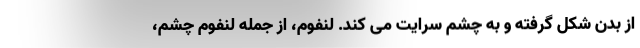
از بدن شکل گرفته و به چشم سرایت می کند. لنفوم، از جمله لنفوم چشم،